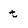
Character: t